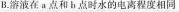
B.溶液在a点和b点时水的电离程度相同